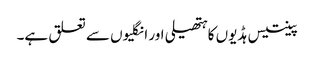
پینتیس ہڈیوں کا ہتھیلی اور انگلیوں سے تعلق ہے۔